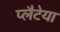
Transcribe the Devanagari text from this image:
प्लैटेया